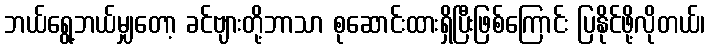
ဘယ်ရွေ့ဘယ်မျှတော့ ခင်ဗျားတို့ဘာသာ စုဆောင်းထားရှိပြီးဖြစ်ကြောင်း ပြနိုင်ဖို့လိုတယ်၊